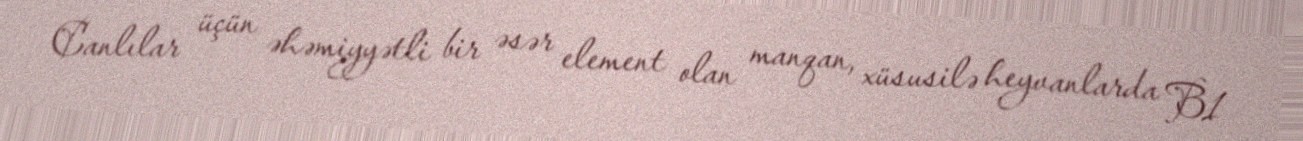
Canlılar üçün əhəmiyyətli bir əsər element olan manqan, xüsusilə heyvanlarda B1